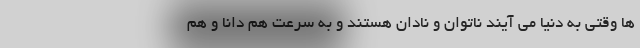
ها وقتی به دنیا می آیند ناتوان و نادان هستند و به سرعت هم دانا و هم